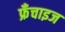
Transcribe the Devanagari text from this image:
फ्रँचाइज